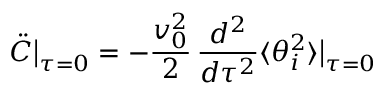
\ddot { C } \big | _ { \tau = 0 } = - { \frac { v _ { 0 } ^ { 2 } } { 2 } } \, { \frac { d ^ { 2 } } { d \tau ^ { 2 } } } \langle \theta _ { i } ^ { 2 } \rangle \big | _ { \tau = 0 }